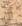
أن